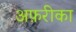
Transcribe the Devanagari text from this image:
अफ़रीका